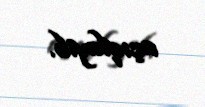
açıqlayıb.